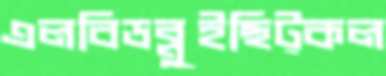
এলবিডব্লুইছিট্‌কল